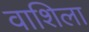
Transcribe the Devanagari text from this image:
वाशिला